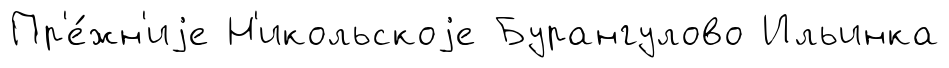
Пр'е́жн'иjе Н'икольскоjе Бурангулово Ильинка